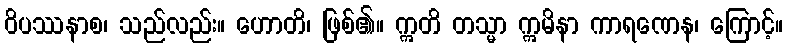
ဝိပဿနာစ၊ သည်လည်း။ ဟောတိ၊ ဖြစ်၏။ ဣတိ တသ္မာ ဣမိနာ ကာရဏေန၊ ကြောင့်။